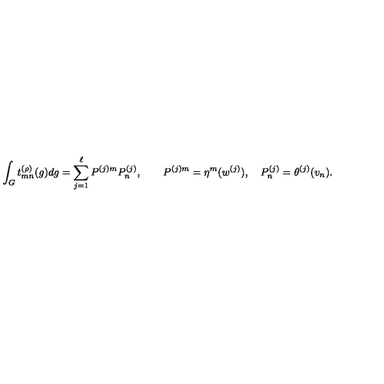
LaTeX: \int _ { G } t _ { m n } ^ { ( \rho ) } ( g ) d g = \sum _ { j = 1 } ^ { \ell } P ^ { ( j ) m } P _ { n } ^ { ( j ) } , \qquad P ^ { ( j ) m } = \eta ^ { m } ( w ^ { ( j ) } ) , \quad P _ { n } ^ { ( j ) } = \theta ^ { ( j ) } ( v _ { n } ) .